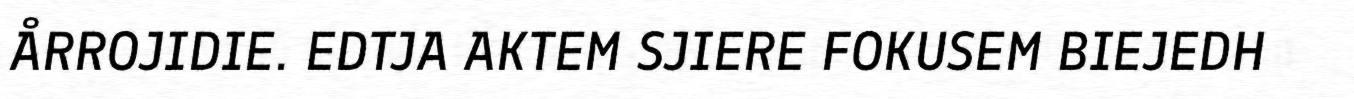
ÅRROJIDIE. EDTJA AKTEM SJIERE FOKUSEM BIEJEDH